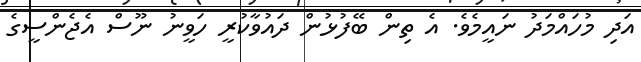
އަދި މުހައްމަދު ނައީމެވެ. އެ ތިން ބޭފުޅުން ދައުވާކުރީ ހަވީނު ނޫސް އެޖެންސީގެ